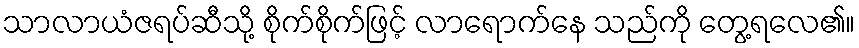
သာလာယံဇရပ်ဆီသို့ စိုက်စိုက်ဖြင့် လာရောက်နေ သည်ကို တွေ့ရလေ၏။